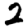
Digit: 2